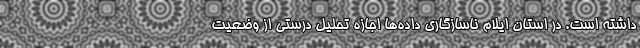
داشته است. در استان ایلام ناسازگاری داده‌ها اجازه تحلیل درستی از وضعیت